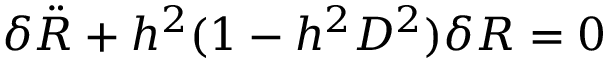
\delta { \ddot { R } } + h ^ { 2 } ( 1 - h ^ { 2 } D ^ { 2 } ) \delta R = 0